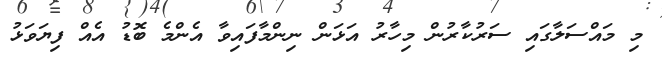
މި މައްސަލާގައި ސަރުކާރުން މިހާރު އަޅަން ނިންމާފައިވާ އެންމެ ބޮޑު އެއް ފިޔަވަޅު